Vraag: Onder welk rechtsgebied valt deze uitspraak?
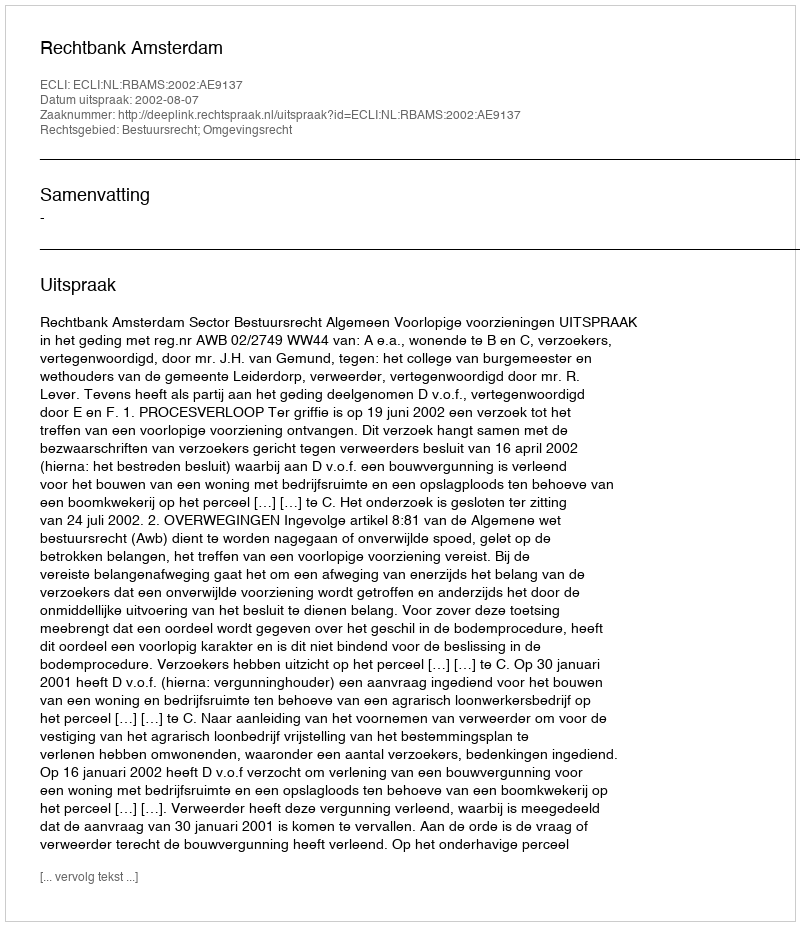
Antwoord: Bestuursrecht; Omgevingsrecht